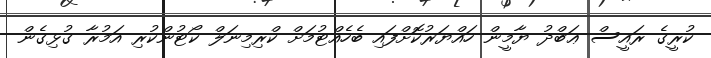
ކުރީގެ ރައީސް ޢަބްދު ޔާމީން ހައްޔަރުކޮށްފައި ބެހެއްޓުމަށް ކްރިމިނަލް ކޯޓުންކުރި އަމުރާ ގުޅިގެން